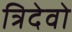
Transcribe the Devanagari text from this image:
त्रिदेवो